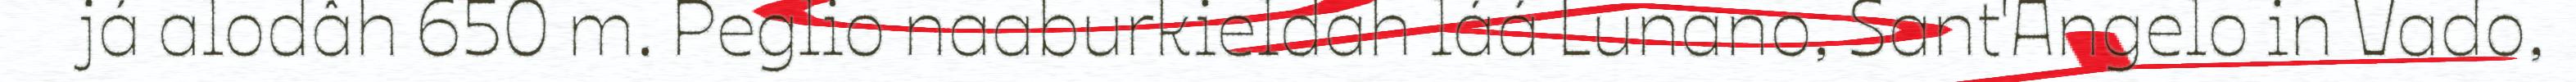
já alodâh 650 m. Peglio naaburkieldah láá Lunano, Sant'Angelo in Vado,